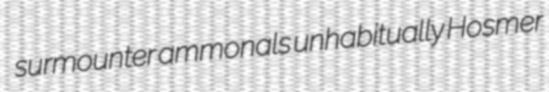
surmounter ammonals unhabitually Hosmer